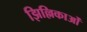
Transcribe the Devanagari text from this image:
झिल्लिकाओं